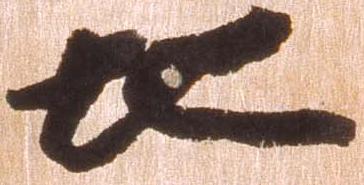
地